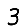
Digit: 3